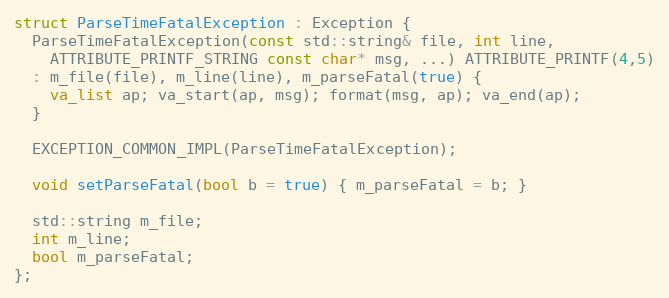
Language: C
struct ParseTimeFatalException : Exception {
  ParseTimeFatalException(const std::string& file, int line,
    ATTRIBUTE_PRINTF_STRING const char* msg, ...) ATTRIBUTE_PRINTF(4,5)
  : m_file(file), m_line(line), m_parseFatal(true) {
    va_list ap; va_start(ap, msg); format(msg, ap); va_end(ap);
  }

  EXCEPTION_COMMON_IMPL(ParseTimeFatalException);

  void setParseFatal(bool b = true) { m_parseFatal = b; }

  std::string m_file;
  int m_line;
  bool m_parseFatal;
};